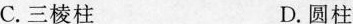
C.三棱柱 D.圆柱